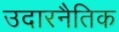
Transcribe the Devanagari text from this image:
उदारनैतिक